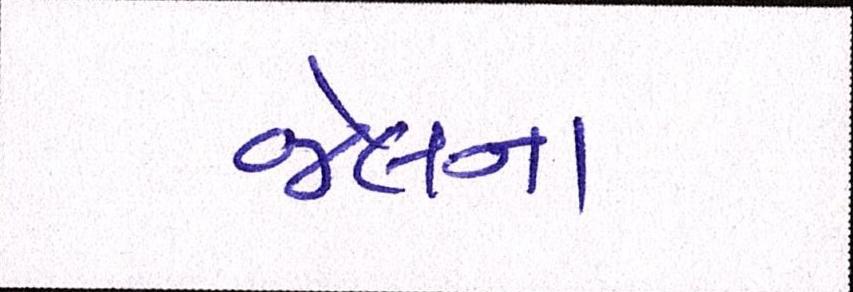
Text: જેલના